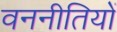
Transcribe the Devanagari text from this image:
वननीतियों